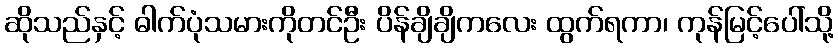
ဆိုသည်နှင့် ဓါက်ပုံသမားကိုတင်ဦး ပိန်ချိချိကလေး ထွက်ရကာ၊ ကုန်မြင့်ပေါ်သို့